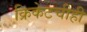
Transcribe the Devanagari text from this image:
क्रिकेटचीही